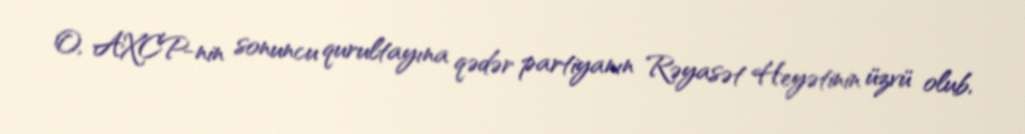
O, AXCP-nin sonuncu qurultayına qədər partiyanın Rəyasət Heyətinin üzvü olub,